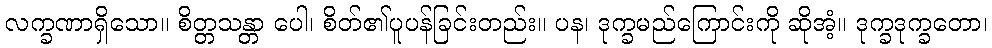
လက္ခဏာရှိသော။ စိတ္တသန္တာ ပေါ၊ စိတ်၏ပူပန်ခြင်းတည်း။ ပန၊ ဒုက္ခမည်ကြောင်းကို ဆိုအံ့။ ဒုက္ခဒုက္ခတော၊